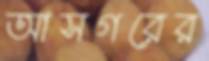
আসগরের